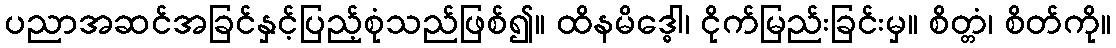
ပညာအဆင်အခြင်နှင့်ပြည့်စုံသည်ဖြစ်၍။ ထိနမိဒ္ဓေါ၊ ငိုက်မြည်းခြင်းမှ။ စိတ္တံ၊ စိတ်ကို။